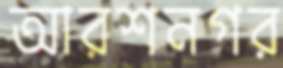
আরশনগর